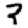
Digit: 2